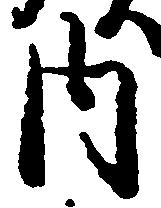
内